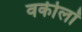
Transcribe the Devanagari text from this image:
वकीलॉ